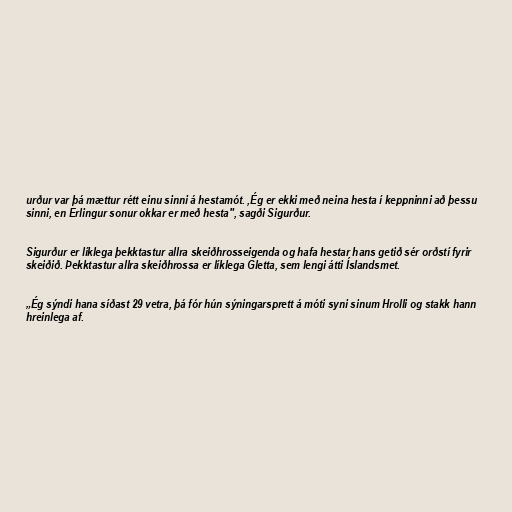
urður var þá mættur rétt einu sinni á hestamót. ,Ég er ekki með neina hesta í keppninni að þessu
sinni, en Erlingur sonur okkar er með hesta", sagði Sigurður.

Sigurður er líklega þekktastur allra skeiðhrosseigenda og hafa hestar hans getið sér orðstí fyrir
skeiðið. Þekktastur allra skeiðhrossa er líklega Gletta, sem lengi átti Íslandsmet.

„Ég sýndi hana síðast 29 vetra, þá fór hún sýningarsprett á móti syni sinum Hrolli og stakk hann
hreinlega af.